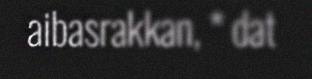
aibasrakkan, * dat